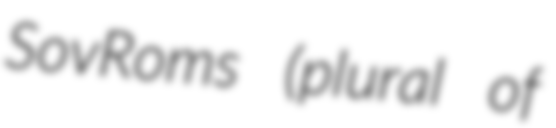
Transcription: SovRoms (plural of